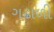
ગઢાળી